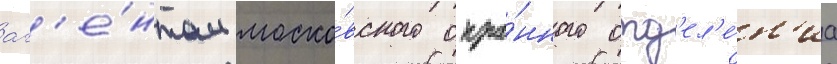
аг'е́нтом моско́вского охра́нного отд'ел'е́н'иа